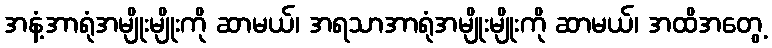
အနံ့အာရုံအမျိုးမျိုးကို ဆာမယ်၊ အရသာအာရုံအမျိုးမျိုးကို ဆာမယ်၊ အထိအတွေ့